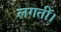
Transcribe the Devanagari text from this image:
लगतीं।